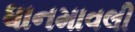
ધાનમાવલી